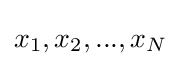
x_{1},x_{2},...,x_{N}